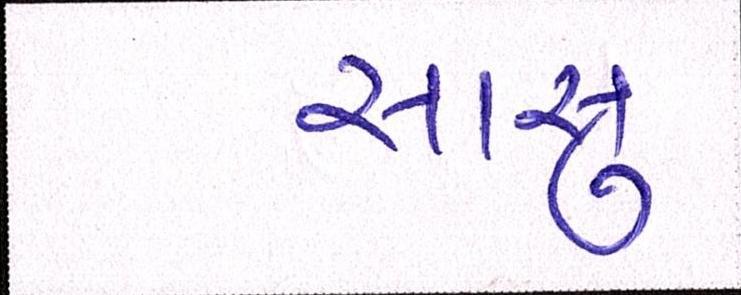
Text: સાસુ